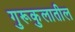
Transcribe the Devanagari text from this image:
गुरूकुलातील